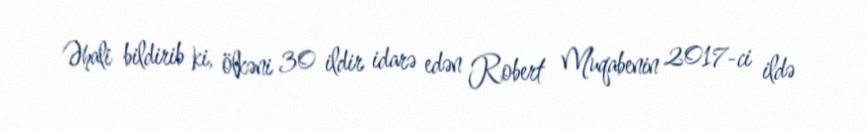
Əhali bildirib ki, ölkəni 30 ildir idarə edən Robert Muqabenin 2017-ci ildə